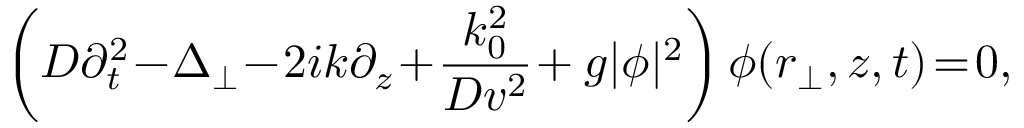
\left( D \partial _ { t } ^ { 2 } \! - \! \Delta _ { \perp } \! - \! 2 i k \partial _ { z } \! + \! \frac { k _ { 0 } ^ { 2 } } { D v ^ { 2 } } \! + g | \phi | ^ { 2 } \right) \phi ( { \boldsymbol { r } } _ { \perp } , z , t ) \! = \! 0 ,